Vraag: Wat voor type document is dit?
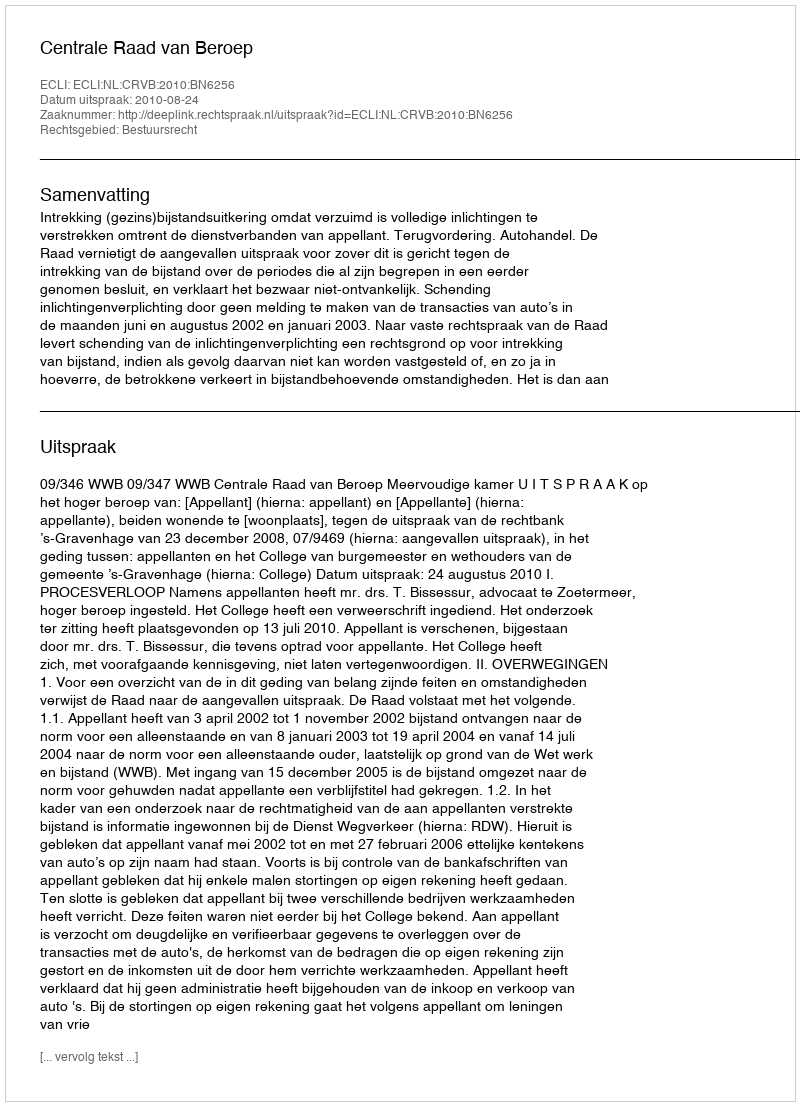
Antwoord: Uitspraak